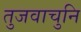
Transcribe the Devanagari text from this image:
तुजवाचुनि